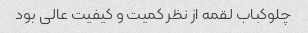
چلوکباب لقمه از نظر کمیت و کیفیت عالی بود